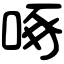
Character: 啄